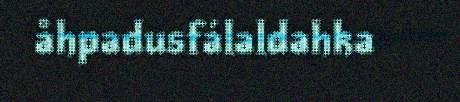
åhpadusfálaldahka